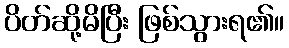
ပိတ်ဆို့မိပြီး ဖြစ်သွားရ၏။